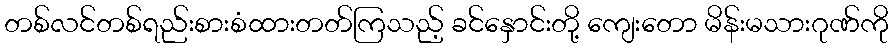
တစ်လင်တစ်ရည်းစားစံထားတတ်ကြသည့် ခင်နှောင်းတို့ ကျေးတော မိန်းမသားဂုဏ်ကို